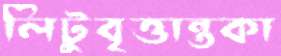
লিটুবৃত্তান্তকা